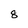
Character: 8